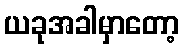
ယခုအခါမှာတော့